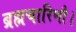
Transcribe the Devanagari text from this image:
ब्रह्मचारिणौ।